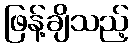
ဖြန့်ချိသည့်